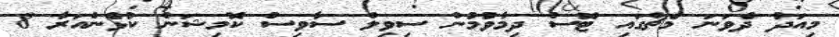
މިއަދު ދެވަނަ މެޗްގައި ޓޮސް ދިމާވުމުން ސިވިލް ސާވިސް ކޮމިޝަން ކުޅެންއަރާ 8